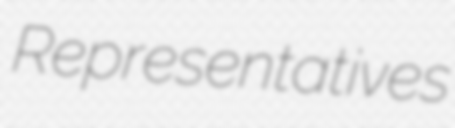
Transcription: Representatives